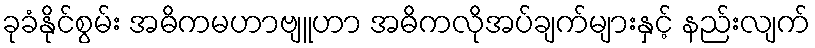
ခုခံနိုင်စွမ်း အဓိကမဟာဗျူဟာ အဓိကလိုအပ်ချက်များနှင့် နည်းလျက်